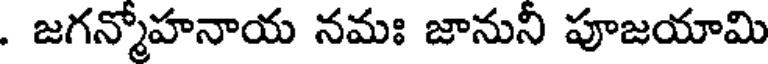
. జగన్మోహనాయ నమః జానునీ పూజయామి